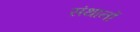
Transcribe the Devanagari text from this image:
संथानों